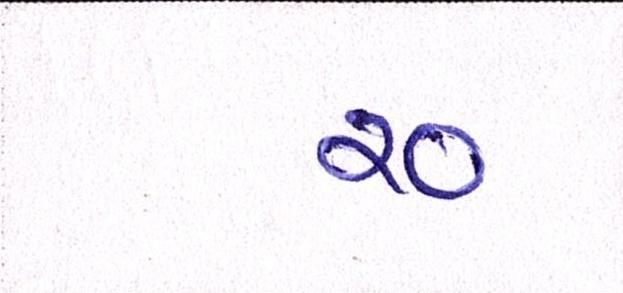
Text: ર૦